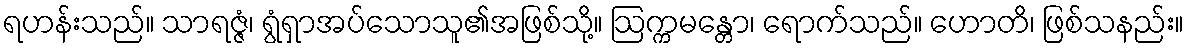
ရဟန်းသည်။ သာရဇ္ဇံ၊ ရွံရှာအပ်သောသူ၏အဖြစ်သို့။ ဩက္ကမန္တော၊ ရောက်သည်။ ဟောတိ၊ ဖြစ်သနည်း။